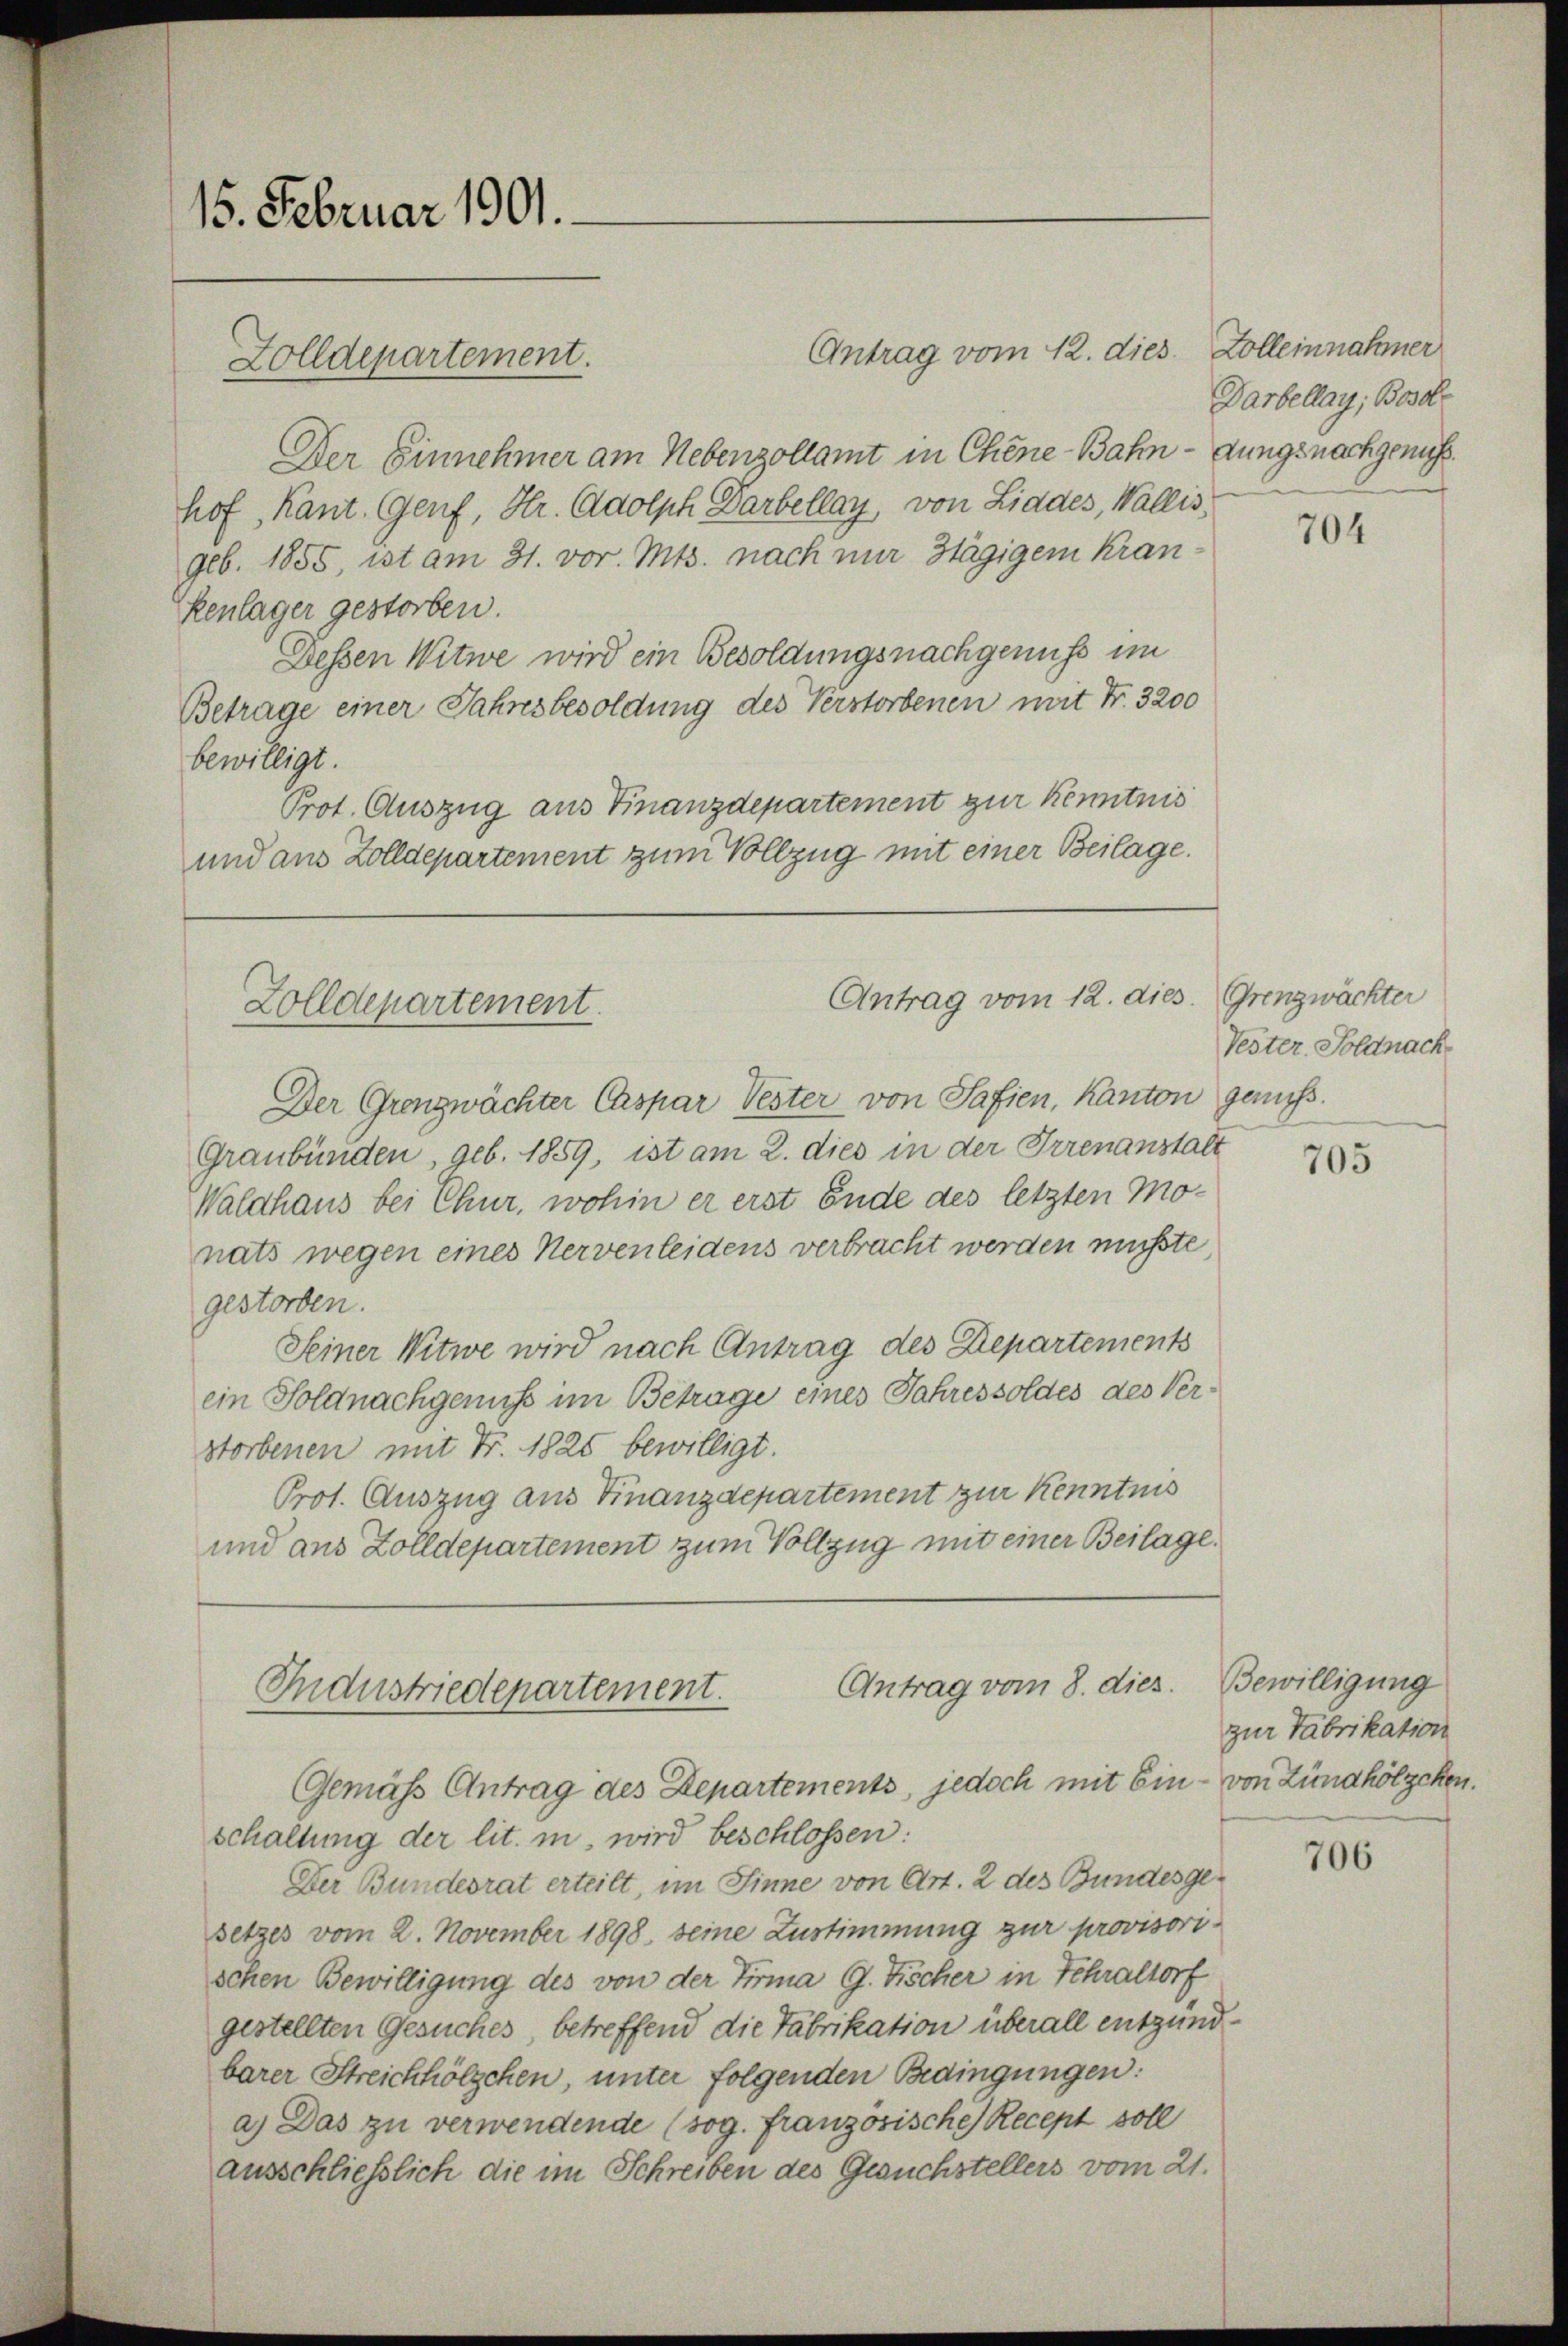
15. Februar 1901.
Zolldepartement.

Antrag vom 12. dies. Zolleinnahmer
Der Einnehmer am Nebenzollamt in Chene-Bahndungsnachgenus
hof, Kant. Genf, Hr. Adolph Darbellag, von Liades, Wallis,
geb. 1855, ist am 31. vor. Mts. nach nur stägigem Kran¬
Kenlager gestorben.
Dessen Witwe wird ein Besoldungsnachgenuss im
Betrage einer Jahresbesoldung des Verstorbenen mit Fr. 3200
bewilligt.
Prot. Auszug aus Finanzdepartement zur Kenntnis
und aus Zolldepartement zum Vollzug mit einer Beilage.

Antrag vom 12. dies. Grenzwächter
Zolldepartement.

Der Grenzwächter Caspar Vester von Safien, Kanton genuss.
Graubünden geb. 1859, ist am 2. dies in der Irrenanstalt
Waldhaus bei Chur, wohin er erst Ende des letzten Monats wegen eines Nervenleidens verbracht werden musste,
gestorben.
Seiner Witwe wird nach Antrag des Departements
ein Soldnachgenuss im Betrage eines Jahressoldes des Verstorbenen mit Fr. 1825 bewilligt.
Prot. Auszug aus Finanzdepartement zur Kenntnis
und aus Zolldepartement zum Vollzug mit einer Beilage.

Antrag vom 8. dies.
Industriedepartement.

schaltung der lit. in, wird beschlossen:
Der Bundesrat erteilt, im Sinne von Art. 2 des Bundesgesetzes vom 2. November 1898. seine Zustimmung zur provisorischen Bewilligung des von der Firma G. Tischer in Fehraltorf
gestellten Gesuches, betreffend die Fabrikation überall entgündbarer Streichhölzchen, unter folgenden Bedingungen:
a.) Das zu verwendende (sog. Französische Recept soll
ausschließlich die im Schreiben des Gesuchstellers vom 21.

Gemäss Antrag des Departements, jedoch mit Ein - von Zündhölzchen.

Darbellag, Besol¬

704

Vester Soldnach

705

Bewilligung
zur Fabrikation

706